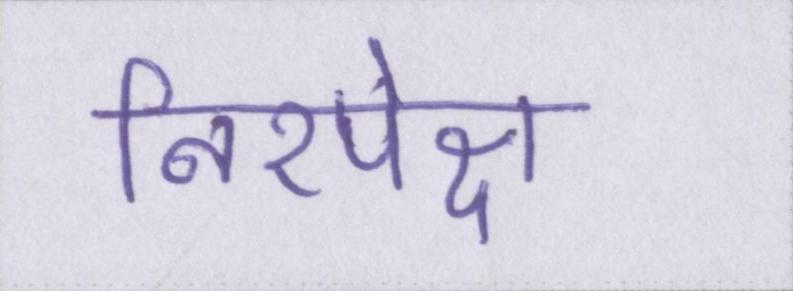
निरपेक्ष